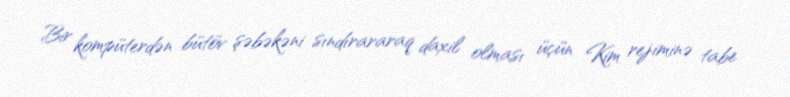
Bir kompüterdən bütöv şəbəkəni sındırararaq daxil olması üçün Kim rejiminə tabe